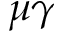
\mu \gamma